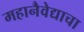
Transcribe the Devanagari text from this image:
महानैवेद्याचा